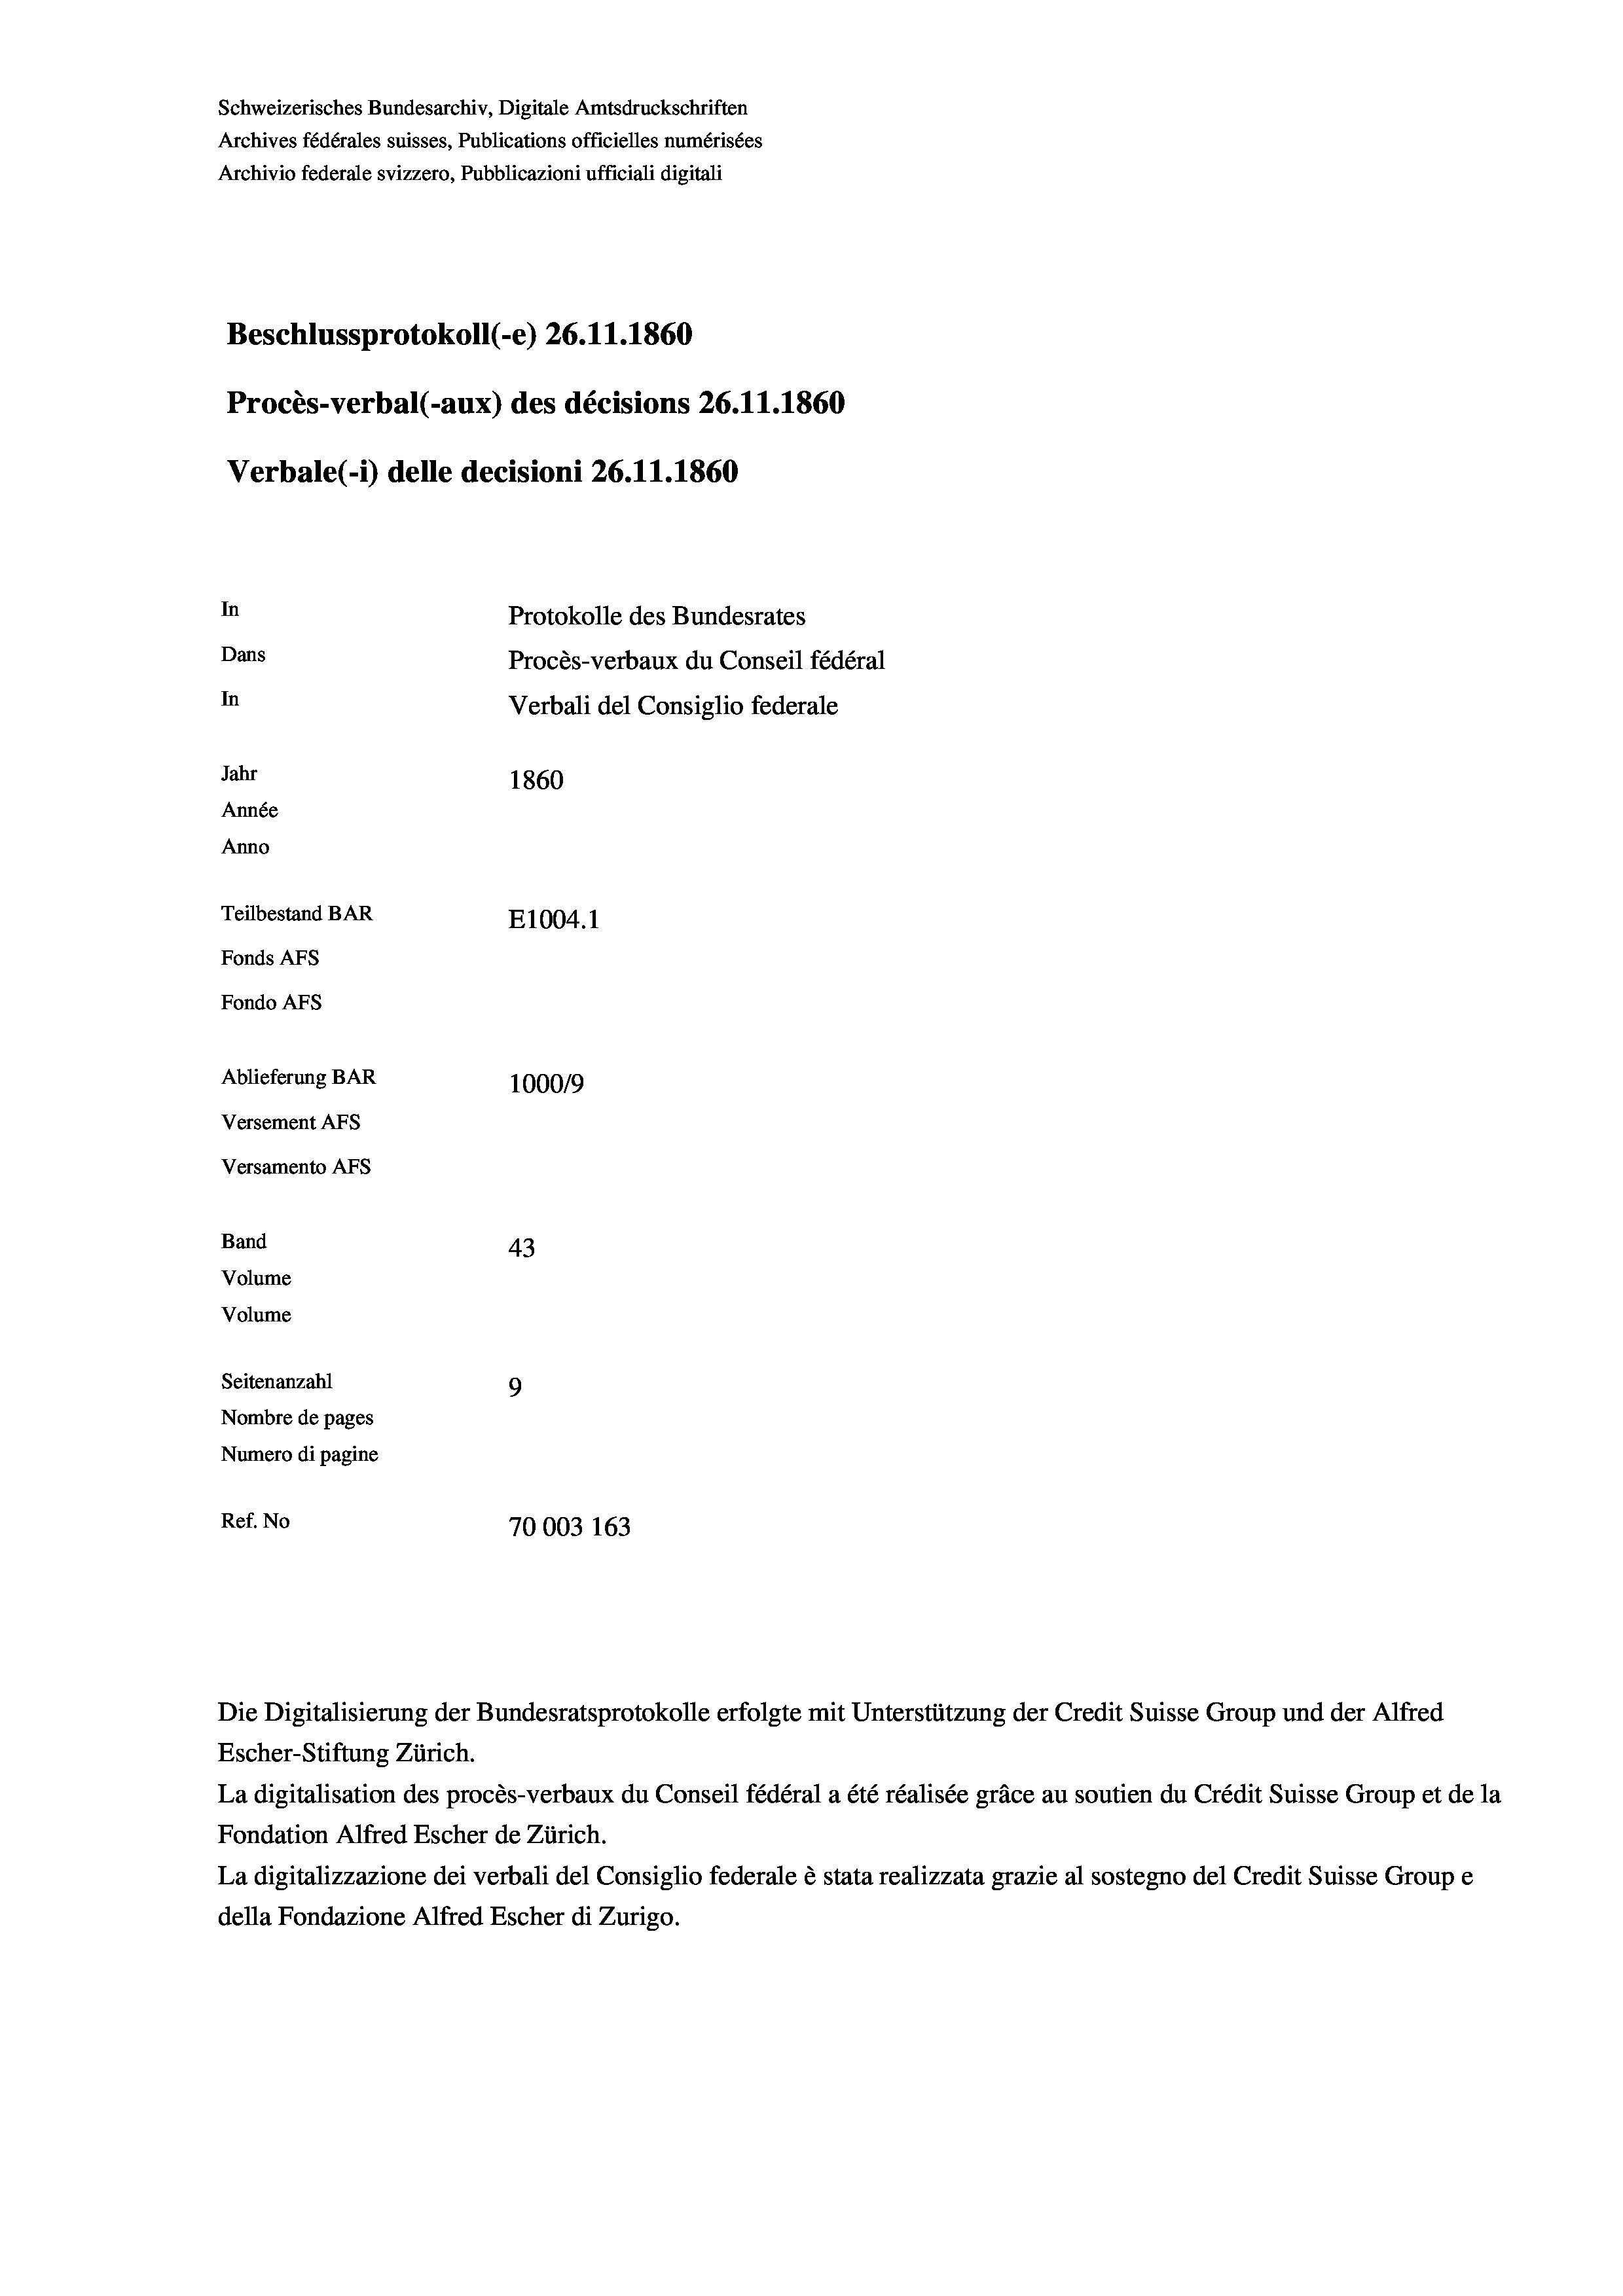
Schweizerisches Bundesarchiv, Digitale Amtsdruckschriften
Archives fédérales suisses, Publications officielles numérisées
Archivio federale svizzero, Pubblicazioni ufficiali digitali
Beschlussprotokoll (-e) 26. 11. 1860
Procès-verbal (-aux) des décisions 26.11.1860
Verbale (i) delle decisioni 26. 11. 1860
In
Protokolle des Bundesrates
Dans
Procès-verbaux du Conseil fédéral
In
Verbali del Consiglio federale
Jahr
1860
Année
Anno
Teilbestand BAR
E1004. 1
Fonds AFs
Fondo AFs

Ablieferung BAR
Versement Abs
Versamento Afs
Band
Volume
Volume
Seitenanzahl

100019
43
9
Nombre de pages
Numero di pagine
Ref. No
70003 163

Die Digitalisierung der Bundesratsprotokolle erfolgte mit Unterstützung der Credit Suisse Group und der Alfred
Escher-Stiftung Zürich.
La digitalisation des procès-verbaux du Conseil fédéral a été réalisée gräce au soutien du Crédit Suisse Group et de la
Fondation Alfred Escher de Zürich.
La digitalizzazione dei verbali del Consiglio federale è stata realizzata grazie al sostegno del Credit Suisse Groupe
della Fondazione Alfred Escher di Zurigo.